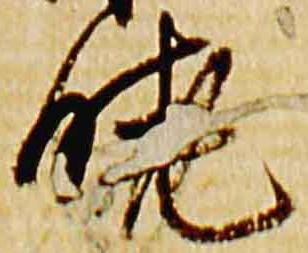
暁